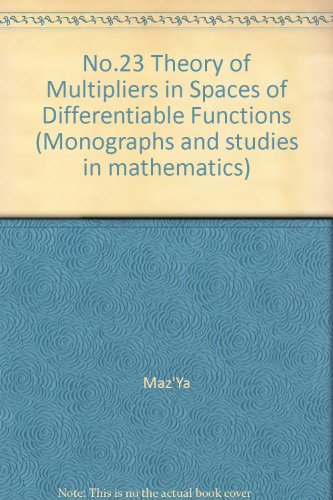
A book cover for No.23 Theory of Multipliers in Spaces of Differentiable Functions (Monographs and studies in mathematics); Maz'Ya; Science & Math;